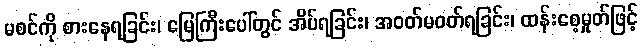
မစင်ကို စားနေရခြင်း၊ မြေကြီးပေါ်တွင် အိပ်ရခြင်း၊ အဝတ်မဝတ်ရခြင်း၊ ထန်းစေ့မှုတ်ဖြင့်